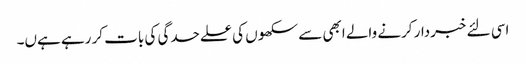
اسی لئے خبردار کرنے والے ابھی سے سکھوں کی علےحدگی کی بات کر رہے ہےں۔